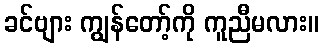
ခင်ဗျား ကျွန်တော့်ကို ကူညီမလား။